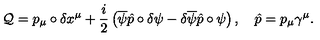
\mathcal { Q } = p _ { \mu } \circ \delta x ^ { \mu } + \frac { i } { 2 } \left( \overline { { \psi } } \hat { p } \circ \delta \psi - \delta \overline { { \psi } } \hat { p } \circ \psi \right) , \quad \hat { p } = p _ { \mu } \gamma ^ { \mu } .